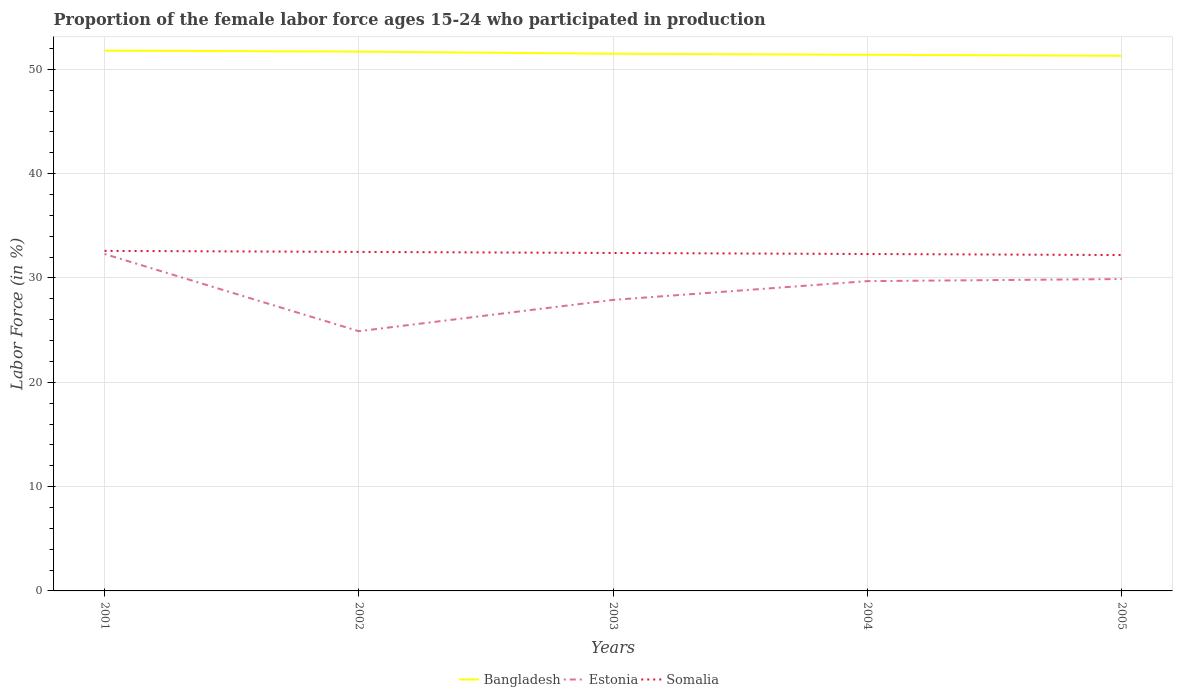
| Years | Bangladesh | Estonia | Somalia |
 | --- | --- | --- | --- |
 | 2001 | 51.8 | 32.3 | 32.6 |
 | 2002 | 51.7 | 24.9 | 32.5 |
 | 2003 | 51.5 | 27.9 | 32.4 |
 | 2004 | 51.4 | 29.7 | 32.3 |
 | 2005 | 51.3 | 29.9 | 32.2 |